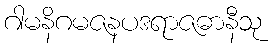
ဂါမနိဂမဇနပဒရာဇဓာနီသု